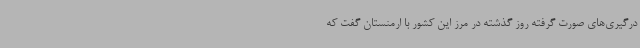
درگیری‌های صورت گرفته روز گذشته در مرز این کشور با ارمنستان گفت که